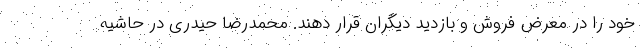
خود را در معرض فروش و بازدید دیگران قرار دهند. محمدرضا حیدری در حاشیه